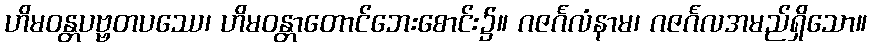
ဟိမဝန္တပဗ္ဗတပဿေ၊ ဟိမဝန္တာတောင်ဘေးစောင်း၌။ ဂဇင်္ဂလံနာမ၊ ဂဇင်္ဂလအမည်ရှိသော။